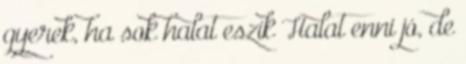
gyerek, ha sok halat eszik Halat enni jó, de